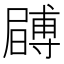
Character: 𭕶